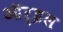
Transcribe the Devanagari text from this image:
ऑर्इल